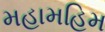
મહામહિમ